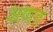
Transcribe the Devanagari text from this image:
अणत